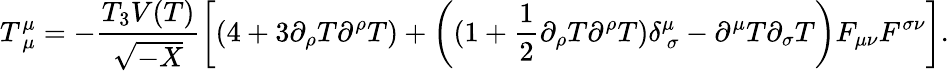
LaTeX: T_{~\mu}^{\mu}=-\frac{T_{3}V(T)}{\sqrt{-X}}\left[(4+3\partial_{\rho}T\partial^{\rho}T)+\left((1+\frac 12\partial_{\rho}T\partial^{\rho}T)\delta_{~\sigma}^{\mu}-\partial^{\mu}T\partial_{\sigma}T\right)F_{\mu\nu}F^{\sigma\nu}\right].